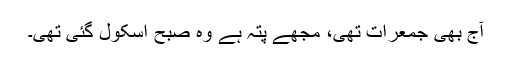
آج بھی جمعرات تھی، مجھے پتہ ہے وہ صبح اسکول گئی تھی۔